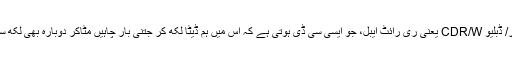
سی ڈی آر/ ڈبلیو CDR/W یعنی ری رائٹ ایبل، جو ایسی سی ڈی ہوتی ہے کہ اس میں ہم ڈیٹا لکھ کر جتنی بار چاہیں مٹاکر دوبارہ بھی لکھ سکتے ہیں۔